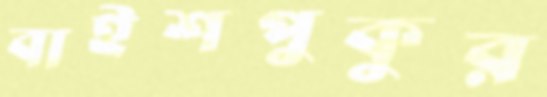
বাইশপুকুর